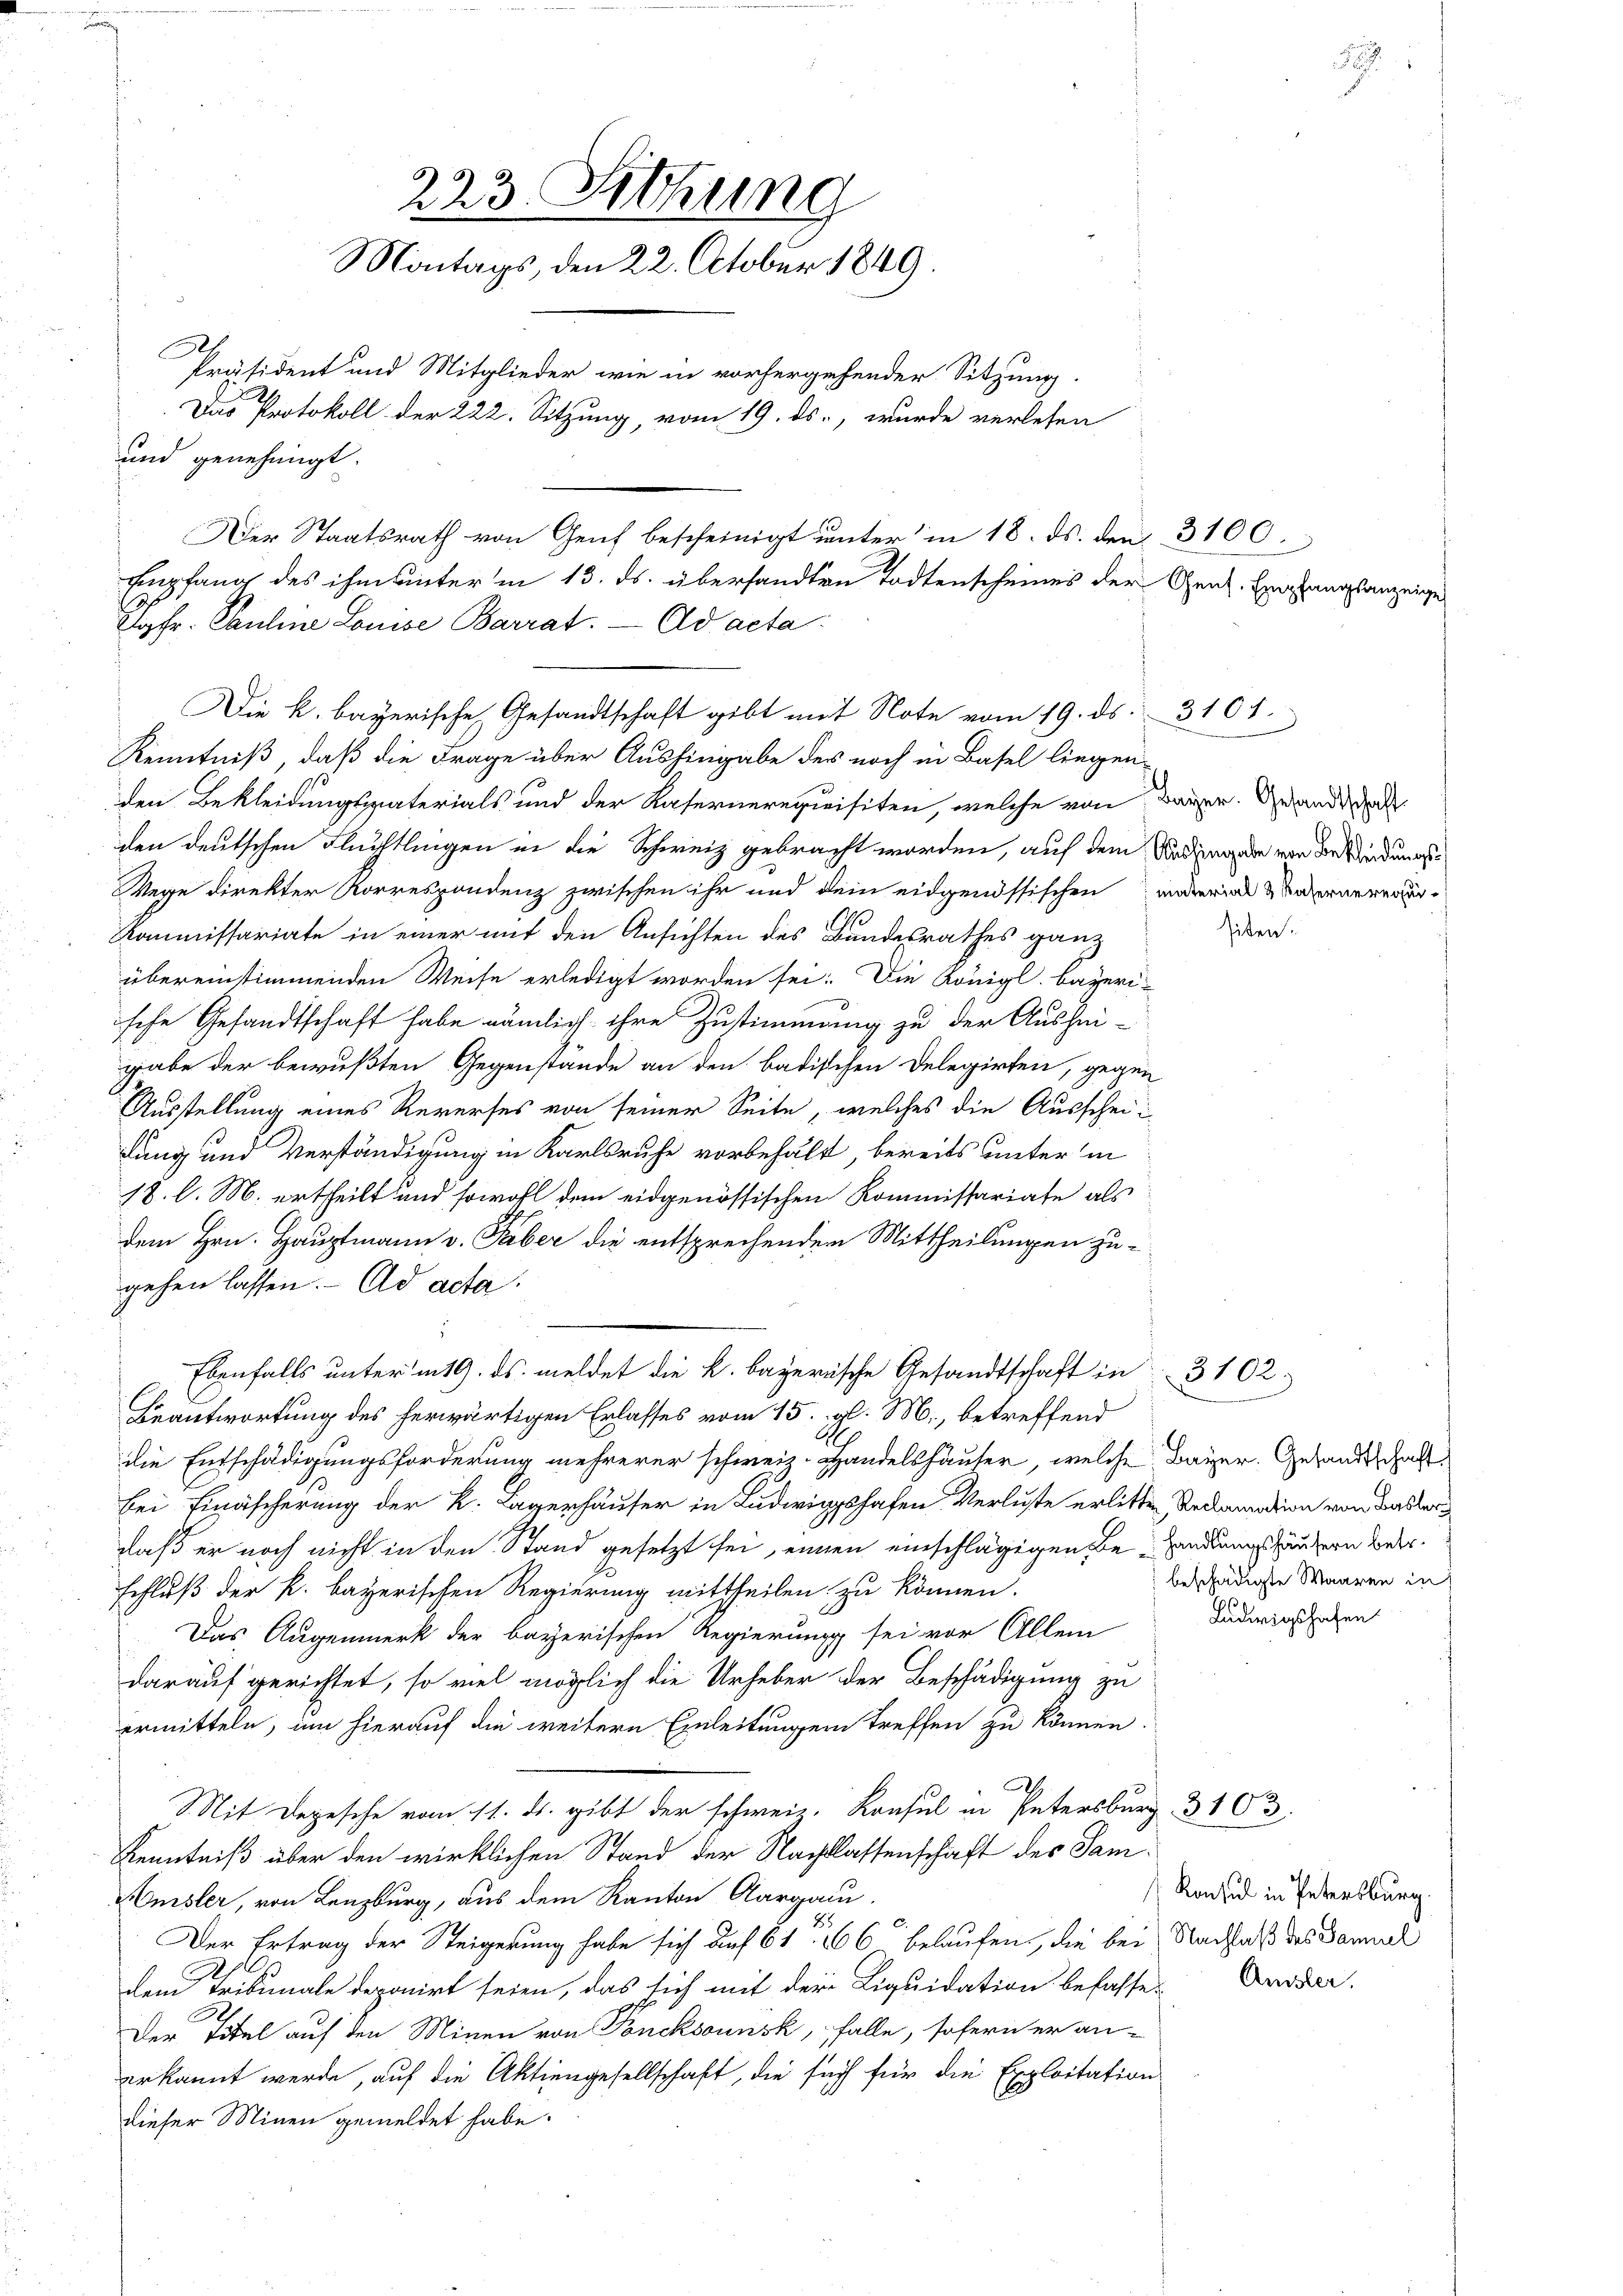
223. Sitzung
Montags, den 22. October 1849.
Präsident und Mitglieder wie in vorhergehender Sitzung.
Das Protokoll der 222. Sitzung, vom 19. ds., wurde verlesen
und genehmigt.
Der Staatsrath von Genf bescheinigt unter in 18. ds. den 3100.
Empfang des ihm unter in 13. ds. übersandten Todtenscheines der Genz. Einfangsanzeig

3
Chr. Pauline Louise Barrat. — Ad acta
Die k. bayerische Gesandtschaft gibt mit Note vom 19. ds. 3101.

Kenntniß, daß die Frage über Aushingabe des noch in Basel liegenden Bekleidungspaterials und der Kasernerequisiten, welche von
den deutschen Fluchtlingen in die Schweiz gebracht worden, auf dem Redingnade von die Redungs¬
Wege direkter Korrespondenz zwischen ihr und dem eidgenössischen material & Unterneren¬
Kommissariate in einer mit den Ansichten des Bundesrathes ganz
übereinstimmenden Weise erledigt worden sei: Die Königl. bayeri-
ische Gesandtschaft habe nämlich ihre Zustimmung zu der Aushei-
gabe der bewußten Gegenstände an den badischen Delegirten, gegen
Ausstellung eines Reverses von seiner Seite, welches die Ausscheidung und Verständigung in Karlsruhe vorbehält, bereits unter in
18. l. M. ertheilt und sowohl dem eidgenössischen Kommissariate als
dem Hrn. Hauptmann v. Faber die entsprechenden Mittheilungen zugehen lassen. Ad acta.
Beantwortung des herwärtigen Erlasses vom 15. gl. M., betreffend
die Entschädigungsforderung mehrerer schweiz. Handelshäuser, welche Bayer. Gesandtschaft
bei Einäscherung der k. Lagerhäuser in Ludwigshafen Verluste erlitte
daß er noch nicht in den Stand gesetzt sei, einen einschlägigen Beschluß der k. bayerischen Regierung mittheilen zu können.
Das Augenmerk der bayerischen Regierung sei vor Allem
darauf gerichtet, so viel möglich die Urheber der Beschädigung zu
ermitteln, um hierauf die weitere Einleitungen treffen zu können
Mit Depesche vom 11. ds. gibt der schweiz. Konsul in Petersburg
Kenntniß über den wirklichen Stand der Nachtlassenschaft des Sam¬
Amsler, von Lenzburg, aus dem Kanton Aargau.
Der Ertrag der Steigerung habe sich auf 616 belaufen, die bei
2.
dem Tribunale deponirt seien, das sich mit der Liquidation befasse.
.
Der Titel auf den Minen von Poncksounsk, falle, sofern er an-
erkannt werde, auf die Aktiengesellschaft, die such für die Exploitation
dieser Minen gemeldet habe.

Ebenfalls unterm 19. ds. meldet die k. bayerische Gesandtschaft in 3 102

Bayer. Gesandtschaft

siten.

Reclamation von Basler
handlungshäusern betr.
beschädigte Waaren in

Ludwigshafen

Konsul in Petersburg
Nachlaß des Samuel
Amster.

3103.